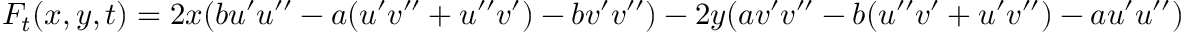
F _ { t } ( x , y , t ) = 2 x ( b u ^ { \prime } u ^ { \prime \prime } - a ( u ^ { \prime } v ^ { \prime \prime } + u ^ { \prime \prime } v ^ { \prime } ) - b v ^ { \prime } v ^ { \prime \prime } ) - 2 y ( a v ^ { \prime } v ^ { \prime \prime } - b ( u ^ { \prime \prime } v ^ { \prime } + u ^ { \prime } v ^ { \prime \prime } ) - a u ^ { \prime } u ^ { \prime \prime } )